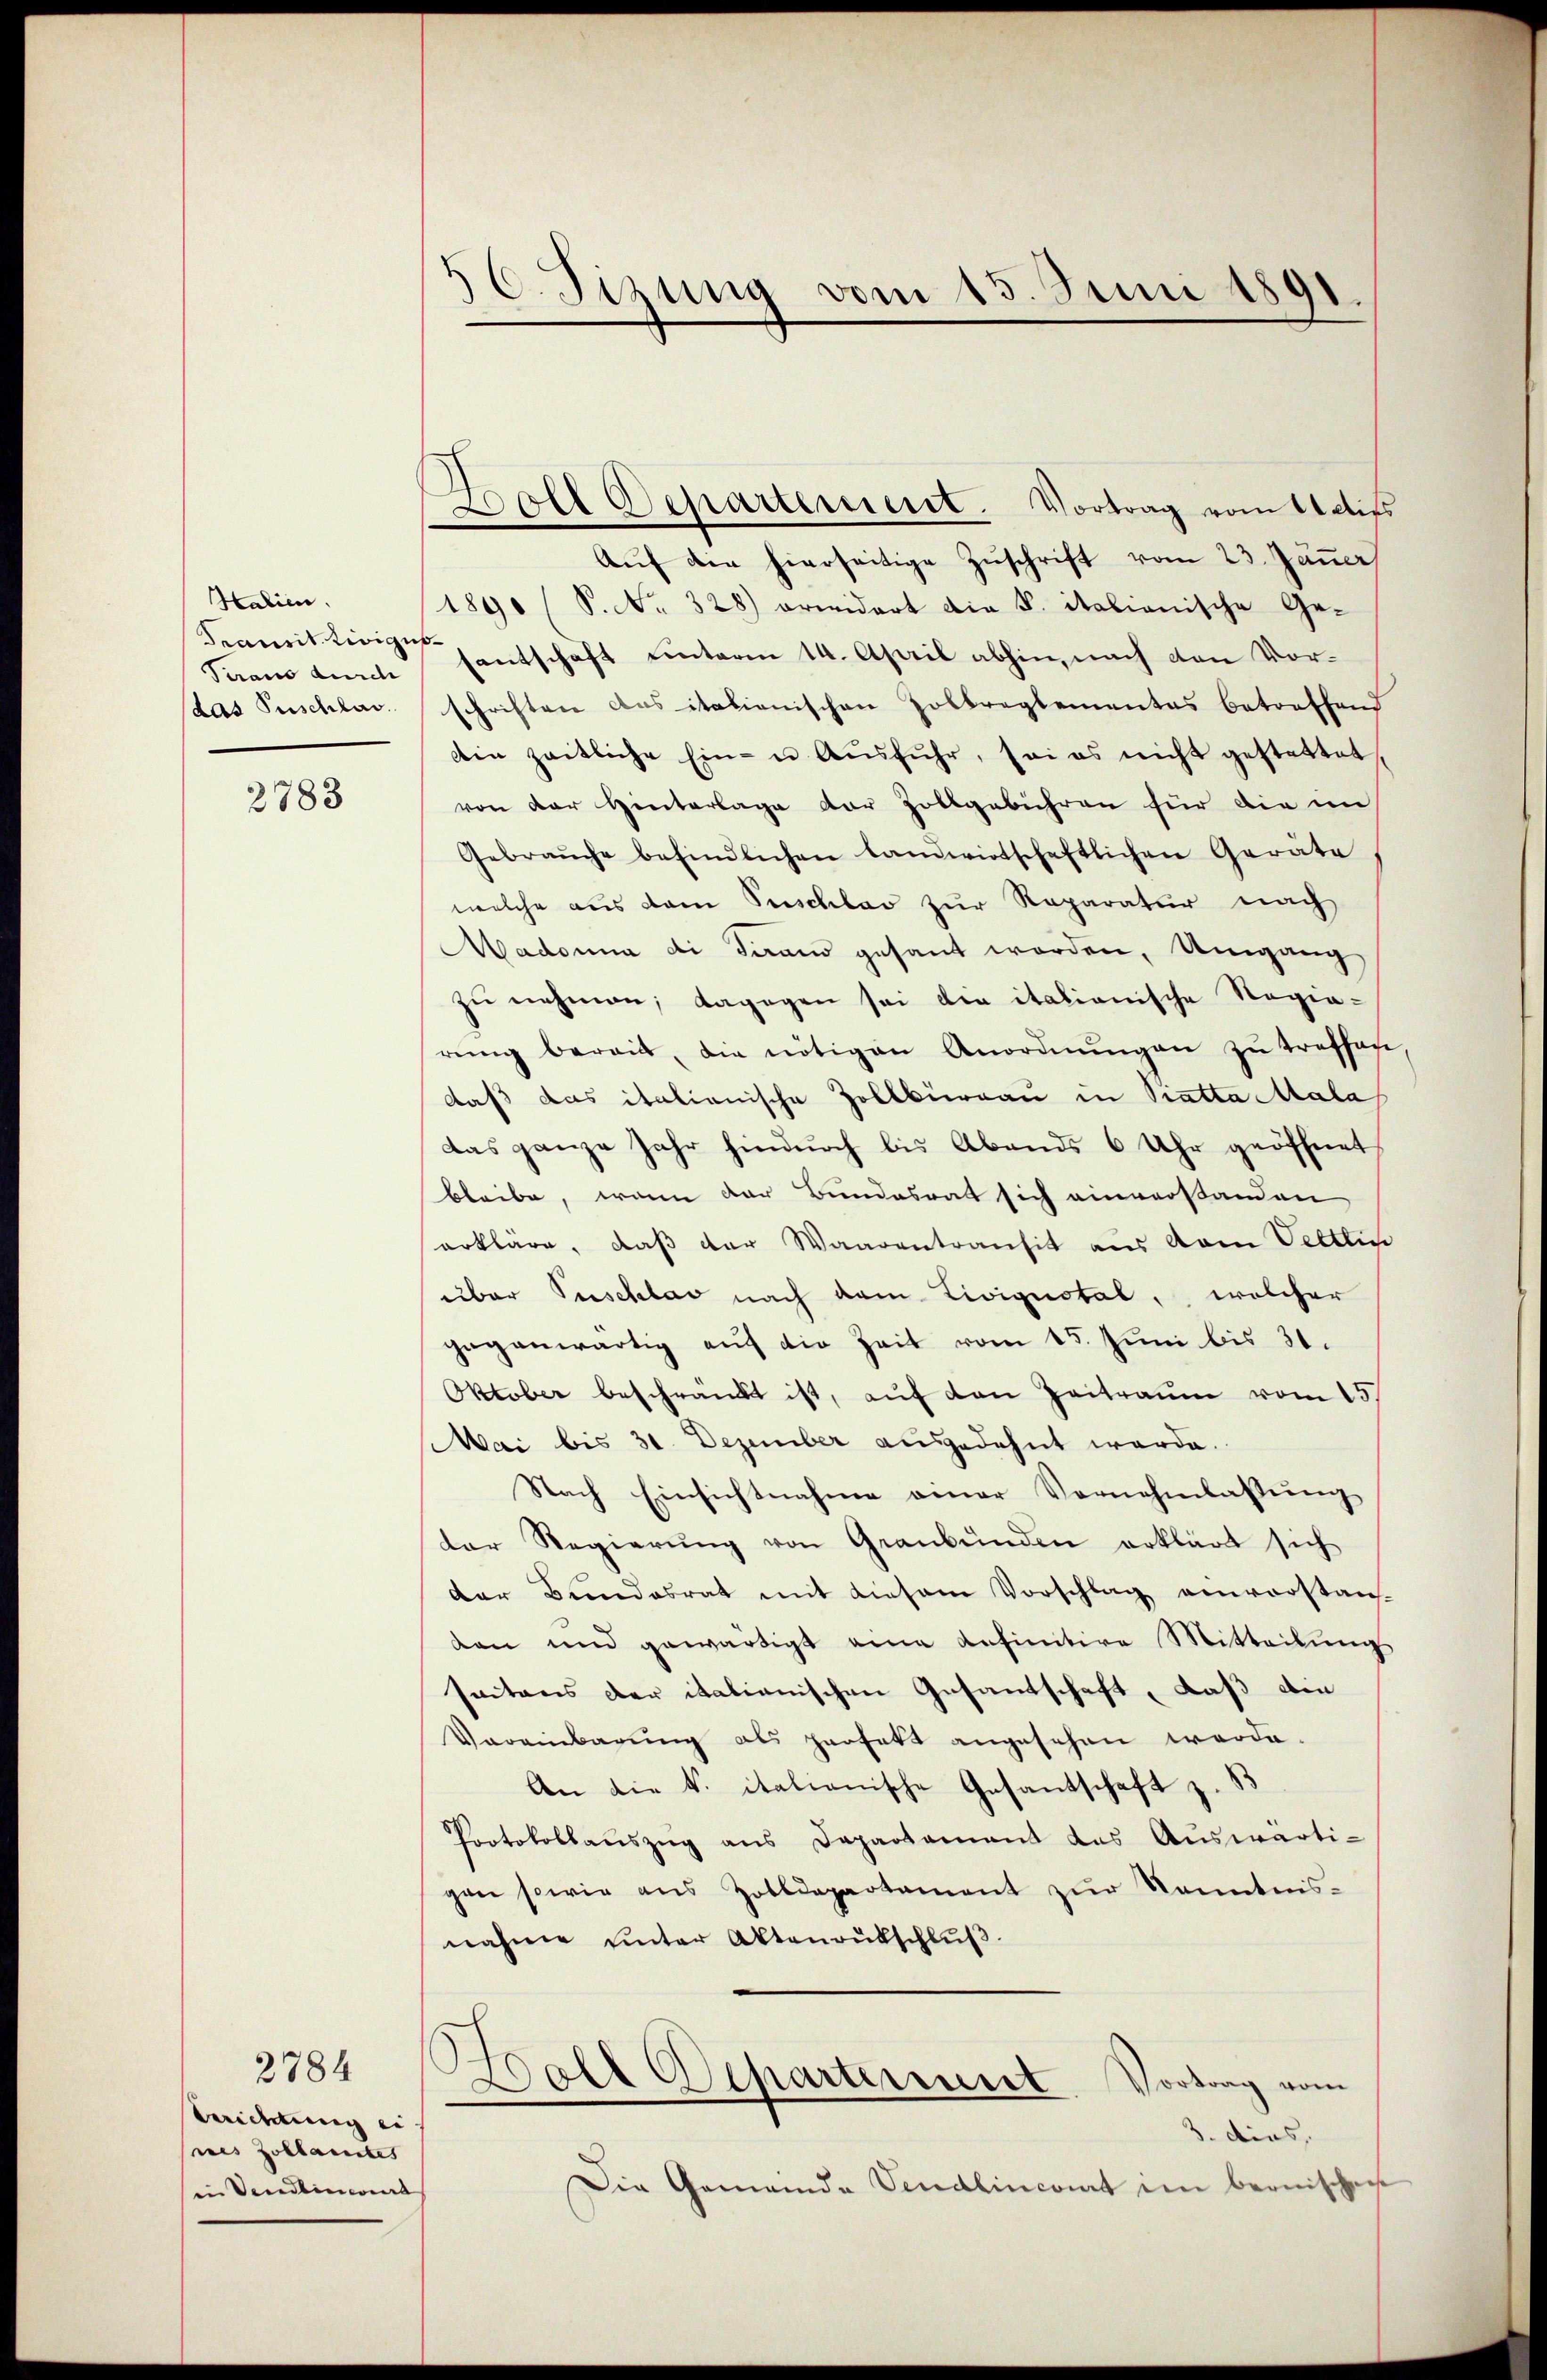
Halien.
Piano durch
das Puschlag.

2783

2784
taidung ei
nes Zollamtes
in Vendlincont

5 C. Sizung vom 15. Juni 1891
¬

Boll Departement. Vortrag vom Actifs

Auf die hierseitige Zuschrift vom 23. Jänner
1890 / S. Nr. 328) erwidert die K. italienische Ge-
Seamit einige entschaft einterm 14. April abhin, nach den Vor-
schriften das italienischen Zolkreglementas betreffend
Ain zeitliche Ein- u Aŭsführ, sei es nicht gestattet,
von der Hinterlage der Zollgebühren für die im
Gebraŭche befindlichen landwirtschaftlichen Geräte
welche aus dem Puschlav zur Reparatur nach
Madonna di Paran gesant worden, Umgang
zu nehmen; dagegen sei die italionische Regierŭng bereit, die nötigen Anordnŭngen zŭ treffen
daß das italienische Zollbüreau in Statta Mala
das ganze Jahr hindurch bis Abends 6 Uhr geöffnet
bleibe, wenn der Bundesrat sich einverstanden
erkläre, daß der Waarentransit aus vom Veltlic
über Puschlag nach dem Liviquotal, welcher
gegenwärtig auf die Zeit vom 15. Juni bis 31.
Oktober beschränkt ist, aŭf den Zeitraum vom 15.
Mai bis 31. Dezember ausgedehnt werde.
Nach Einsichtnahme einer Vornehmlassŭng
der Regierŭng von Graubünden erklärt sich
der Bŭndesrat mit diesem Vorschlag einverstan-
den und gewärtigt eine anfinitive Mitteilŭng
seitens der italienischen Gesantschaft, daß die
Vereinbarŭng als perfett angesehen werde.
An die k. italienische Gesantschaft z. 13
Protokollauszug aus Departement das Auswärti-
gen sowie aus Zolldepartament zŭr Kenntnis-
nahme ŭnter Aktenaŭtschlŭβ
Woalt Departement. Vortrag vom
3. dies
Die Gemeinde Vendlincont im bernischen